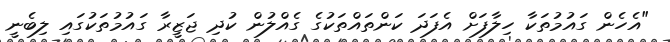
"އެހެން ގައުމުތަކާ ހިލާފަށް އެފަދަ ކަންތައްތަކުގެ ގެއްލުން ކުދި ޖަޒީރާ ގައުމުތަކުގައި ލިބެނީ